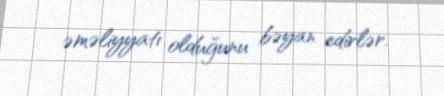
əməliyyatı olduğunu bəyan edirlər.